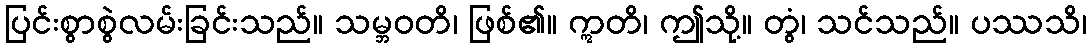
ပြင်းစွာစွဲလမ်းခြင်းသည်။ သမ္ဘဝတိ၊ ဖြစ်၏။ ဣတိ၊ ဤသို့။ တွံ၊ သင်သည်။ ပဿသိ၊